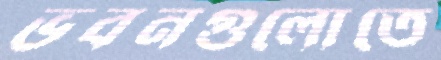
ভবনগুলোতে